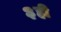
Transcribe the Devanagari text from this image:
३ही